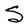
Character: S